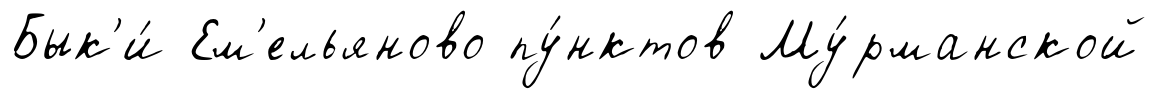
Бык'и́ Ем'ельяново пу́нктов Му́рманской